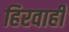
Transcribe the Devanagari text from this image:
हिरवाही